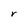
Character: r